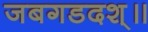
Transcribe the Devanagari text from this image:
जबगडदश्॥